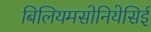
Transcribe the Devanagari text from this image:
बिलियमसोनियेसिई